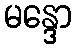
မန္ဒော